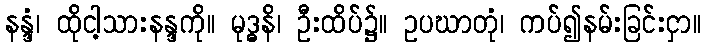
နန္ဒံ၊ ထိုငါ့သားနန္ဒကို။ မုဒ္ဓနိ၊ ဦးထိပ်၌။ ဥပဃာတုံ၊ ကပ်၍နမ်းခြင်းငှာ။